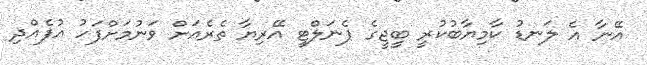
އޭނާ އެ ލަނޑު ކާމިޔާބުކުރީ ބީޖީގެ ޕެނަލްޓީ އޭރިޔާ ތެރެއަށް ވަނުމަށްފަހު އުފެއްދި